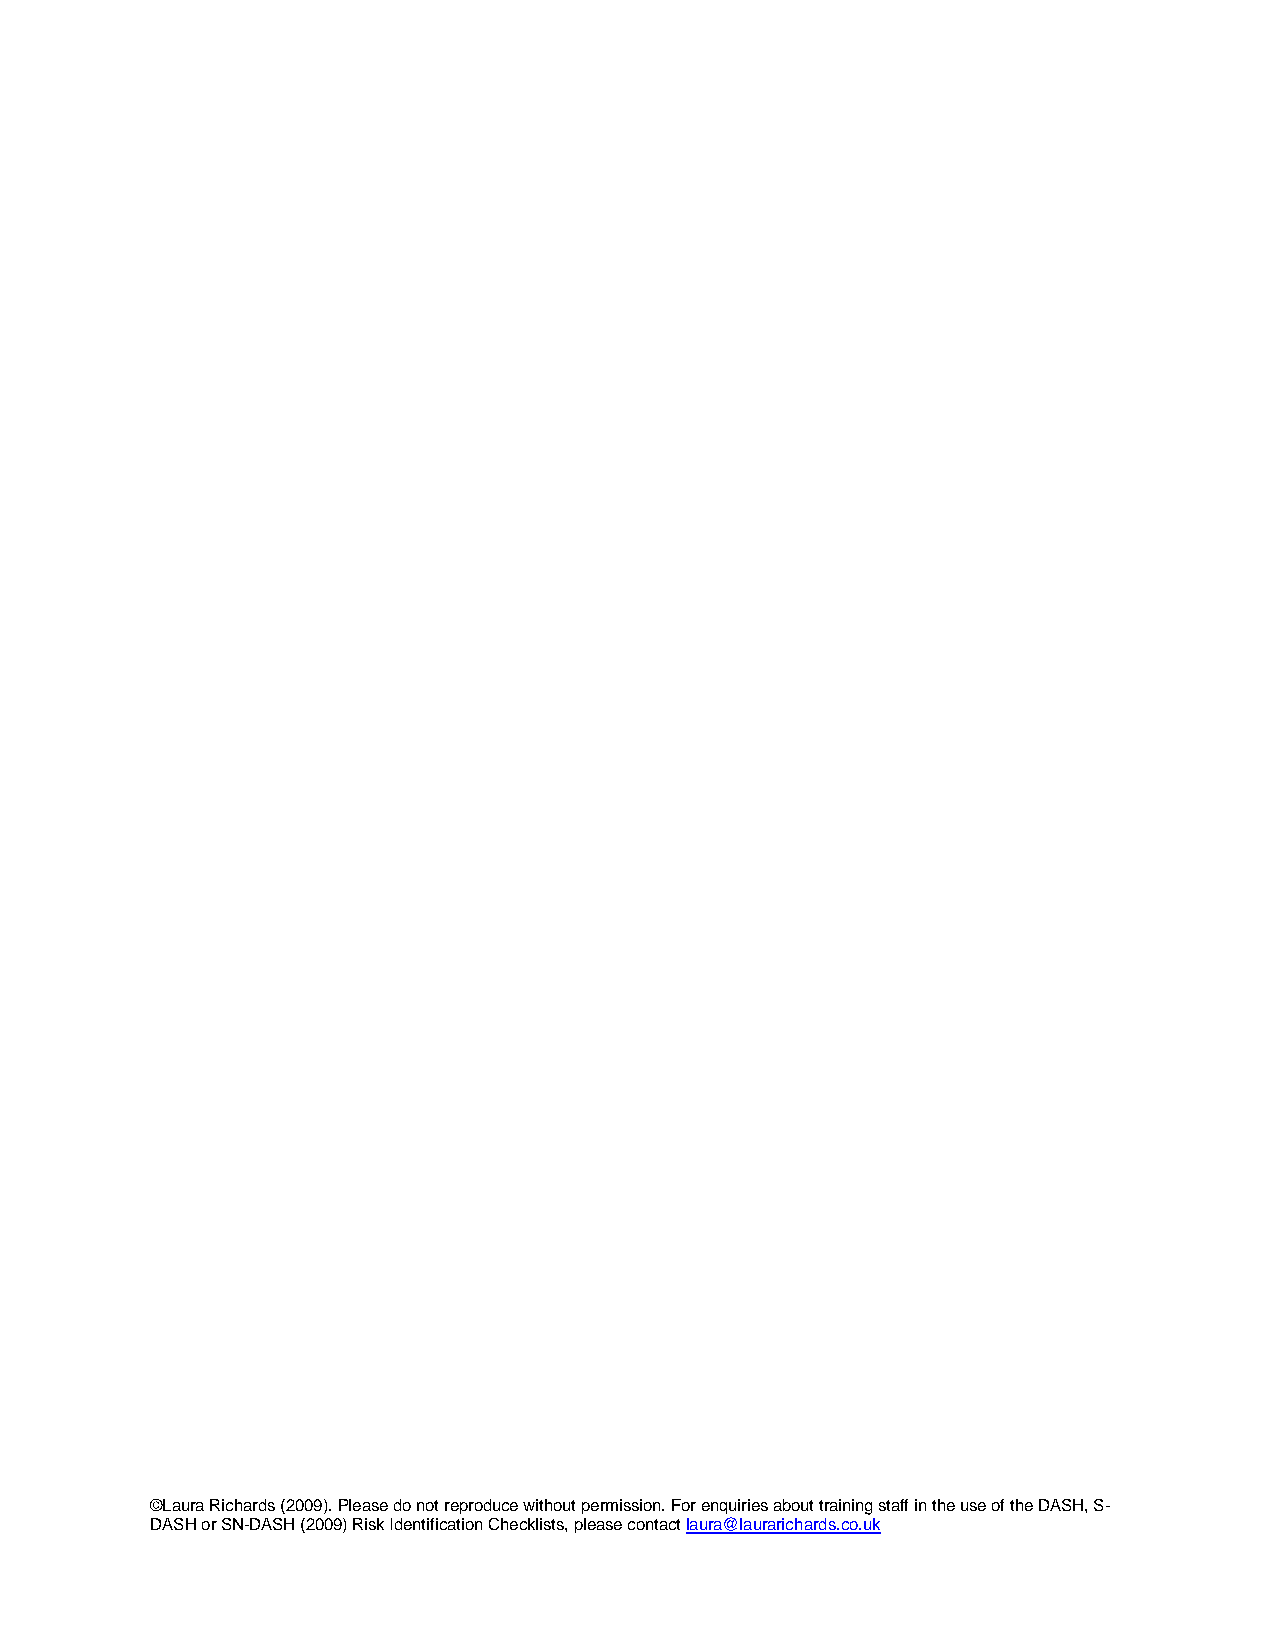
©Laura Richards (2009). Please do not reproduce without permission. For enquiries about training staff in the use of the DASH, S-
 DASH or SN-DASH (2009) Risk Identification Checklists, please contact laura@laurarichards.co.uk